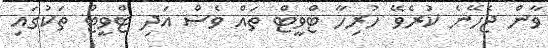
ވާން ޖެހޭނެ ކުރެވޭ ހުރިހާ ޓްވީޓް ތައް ވެސް އަދި ޓްވީޓް ތަކުގައި